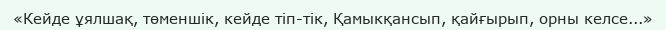
«Кейде ұялшақ, төменшік, кейде тіп-тік, Қамыкқансып, қайғырып, орны келсе...»